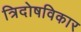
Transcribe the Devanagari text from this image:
त्रिदोषविकार